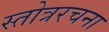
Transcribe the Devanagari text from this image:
स्तोत्ररचना